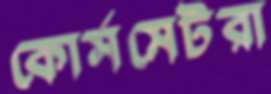
কোর্সমেটরা